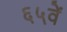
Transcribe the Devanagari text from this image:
६५वें